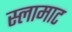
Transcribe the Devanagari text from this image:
स्लामाट